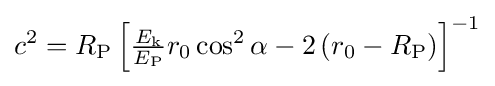
c^{2}=R_{\textrm {P}}\left[{\tfrac {E_{\textrm {k}}}{E_{\textrm {P}}}}r_{0}\cos ^{2}\alpha -2\left(r_{0}-R_{\textrm {P}}\right)\right]^{-1}